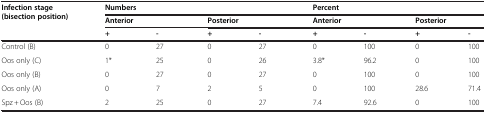
| <ROWSPAN=3> Infection stage (bisection position) | <COLSPAN=4> Numbers | <COLSPAN=4> Percent |
 | <COLSPAN=2> Anterior | <COLSPAN=2> Posterior | <COLSPAN=2> Anterior | <COLSPAN=2> Posterior |
 | + | - | + | - | + | - | + | - |
 | --- | --- | --- | --- | --- | --- | --- | --- | --- |
 | Control (B) | 0 | 27 | 0 | 27 | 0 | 100 | 0 | 100 |
 | Oos only (C) | 1* | 25 | 0 | 26 | 3.8* | 96.2 | 0 | 100 |
 | Oos only (B) | 0 | 27 | 0 | 27 | 0 | 100 | 0 | 100 |
 | Oos only (A) | 0 | 7 | 2 | 5 | 0 | 100 | 28.6 | 71.4 |
 | Spz + Oos (B) | 2 | 25 | 0 | 27 | 7.4 | 92.6 | 0 | 100 |